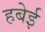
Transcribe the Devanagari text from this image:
हबेई